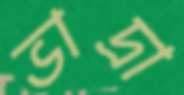
ভাদ্রা